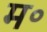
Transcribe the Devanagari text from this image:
म॰